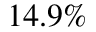
1 4 . 9 \%